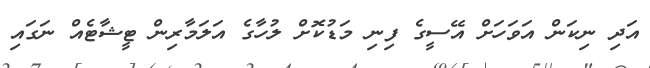
އަދި ނިކަން އަވަހަށް އޭސީގެ ފިނި މަޑުކޮށް ލުހާގެ އަލަމާރިން ޓީޝާޓެއް ނަގައި